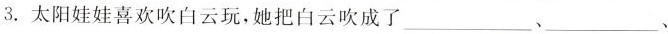
3.太阳娃娃喜欢吹白云玩，她把白云吹成了___、___、